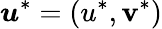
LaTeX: \boldsymbol{u}^{*}=(u^{*},\mathbf{v}^{*})